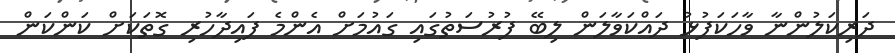
ދަރިކަލުންނާ ވާހަކަފުޅު ދައްކަވާލަން ލިބޭ ފުރުސަތުގައި ގައުމަށް އެންމެ ފައިދާހުރި ގޮތަކަށް ކަންކަން